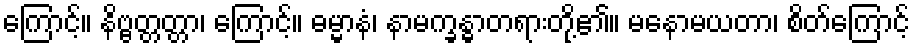
ကြောင့်။ နိဗ္ဗတ္တတ္တာ၊ ကြောင့်။ ဓမ္မာနံ၊ နာမက္ခန္ဓာတရားတို့၏။ မနောမယတာ၊ စိတ်ကြောင့်